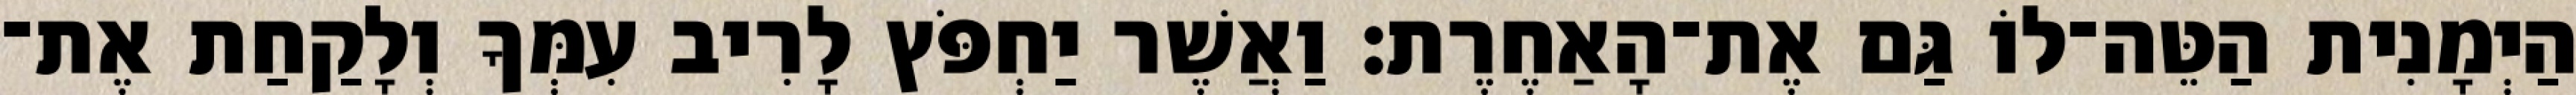
הַיְמָנִית הַטֵּה־לוֹ גַּם אֶת־הָאַחֶרֶת׃ וַאֲשֶׁר יַחְפֹּץ לָרִיב עִמְּךָ וְלָקַחַת אֶת־